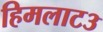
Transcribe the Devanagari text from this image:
हिमलाट३